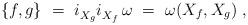
LaTeX: \begin{align*} \{f,g\}~=~i_{X_g}^{} i_{X_f}^{} \, \omega~=~\omega(X_f,X_g)~,\end{align*}